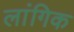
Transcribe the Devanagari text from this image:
लांगिक